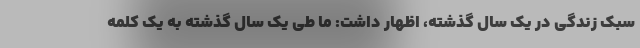
سبک زندگی در یک سال گذشته، اظهار داشت: ما طی یک سال گذشته به یک کلمه